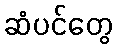
ဆံပင်တွေ